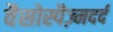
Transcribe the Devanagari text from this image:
वैसोस्पैज़्मदर्द